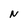
Character: N